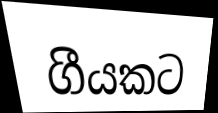
ගීයකට